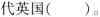
代英国（）。